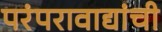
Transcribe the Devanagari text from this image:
परंपरावाद्यांची